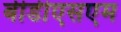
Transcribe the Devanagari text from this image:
बीडीएसएम